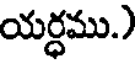
యర్ధము.)